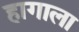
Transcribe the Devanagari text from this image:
हागाला